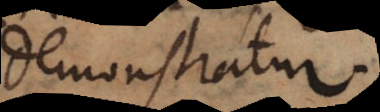
demonstratur.